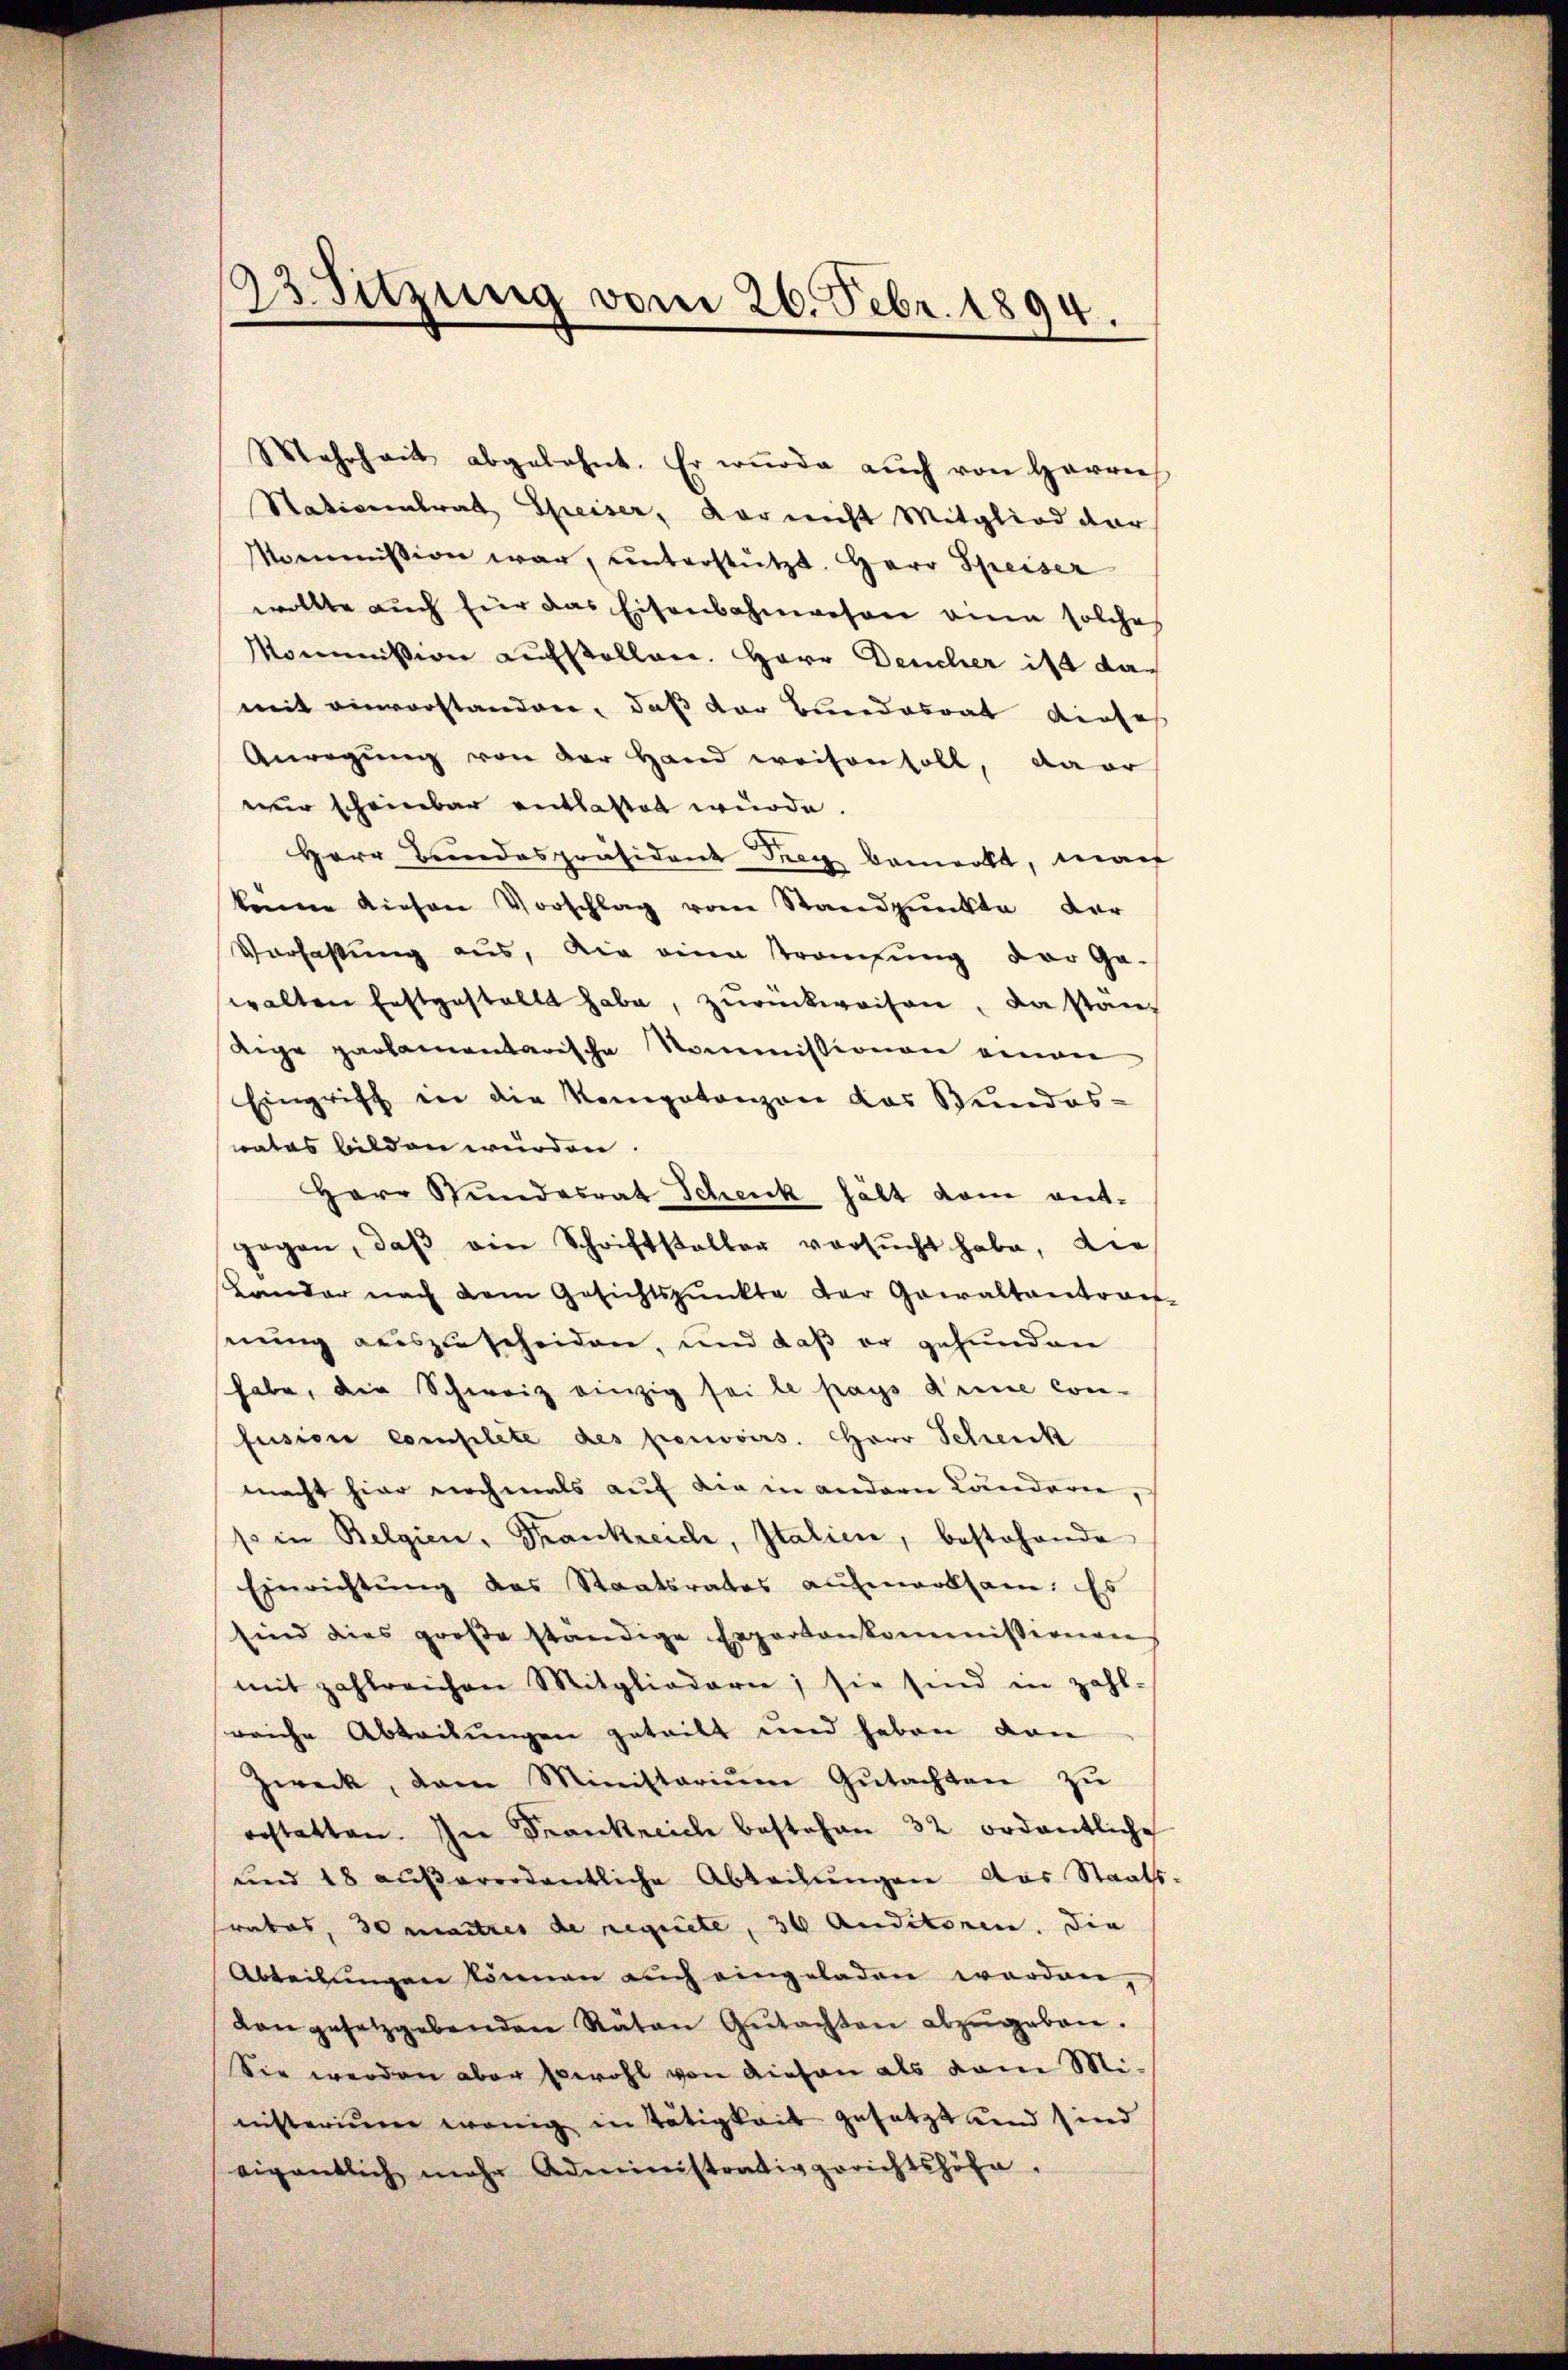
Mehrheit abgelehnt. Er würde aŭch von Herrn
Stationalrat Speiser, dar nicht Mitglied dar
Mommission war, unterstützt. Herr Speiser
wollte auch für das Eisenbahnwesen an solches
Mommission aufstellen. Herr Deucher ist das
mit einvorstanden, daß der Bundesrat diese
Anregung von der Hand weisen soll, da er
mir scheinbar entlastet würde.
Herr Bundespräsident Frey bemerkt, man
könne diesen Vorschlag vom Standpunkte der
Verfassung aus, die eine Strangung der Ge-
walten festgestellt habe, zŭrückweisen, da ständige parlamentarische Kommissionen einen
Eingriff in die Kompetenzen das Wundes-
wates bilden würden
Herr Stundesrat Schenk hält dem ent-
gegen, daβ ein Schriftsteller versŭcht habe, die
Lander nach dem Gesichtspunkte der Gewaltantover-
nung auszuscheiden, und daß er gefunden
habe, die Schweiz einzig sei le pays deine Con-
fusion complete des pouvoirs. Herr Schenk
macht hier nochmals auf die in andern Landarin,
so in Belgien, Frankreich, Italien, bestehende
Einrichtung des Staatsrates aufmerksam. Es
sind dies groβe ständige Expertenkommissionen
mit zahlreichen Mitgliedern; sie sind in zahl
sreiche Abteilungen geteilt und haben von
Zweck, dem Ministoriŭm Gŭtachten zŭ
orstatten. In Frankreich bestehen 32 ordentliche
und 18 außerordentliche Ableihungen das Staats
rabas, 30 maitres de regnete, 30 Auditoren. Die
Abteilungen können auch eingeladen worden,
dangesetzgebenden Räten Gŭtachten abzŭgeben.
Sie werden aber sowohl von diesen als vom Mi-
nisterium wenig in Tätigkeit gesetzt und sind
eigentlich mehr Administrativgerichtshofe,

23. Sitzung vom 26. Febr. 1894.